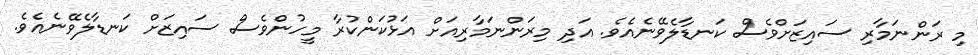
މި ރަންނަމާރި ސައިޒަށްވެސް ކަނޑާލެވޭނެއެވެ. އަދި މިރަންނަމާރިއަށް އަޅުކަންކުރާ މީހުންވެސް ސައިޒަށް ކަނޑާލެވޭނެއެވެ.